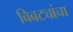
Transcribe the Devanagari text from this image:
बिबट्यांचा